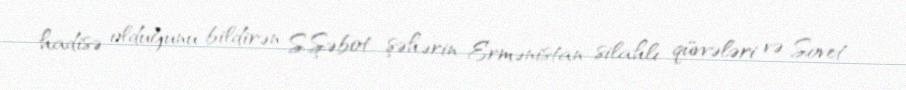
hadisə olduğunu bildirən S.Şəbot şəhərin Ermənistan silahlı qüvvələri və Sovet